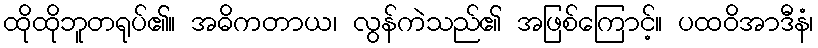
ထိုထိုဘူတရုပ်၏။ အဓိကတာယ၊ လွန်ကဲသည်၏ အဖြစ်ကြောင့်။ ပထဝိအာဒီနံ၊